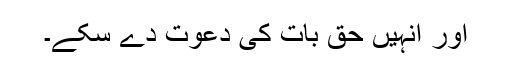
اور انہیں حق بات کی دعوت دے سکے۔